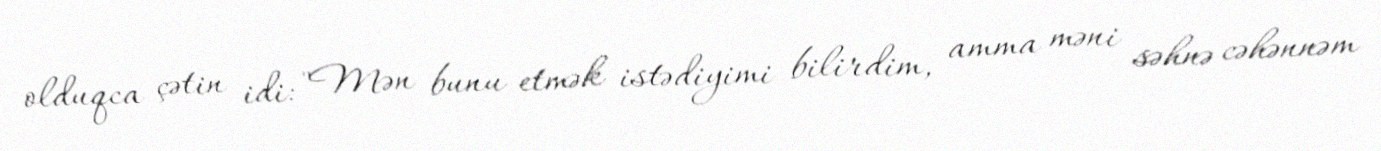
olduqca çətin idi: "Mən bunu etmək istədiyimi bilirdim, amma məni səhnə cəhənnəm